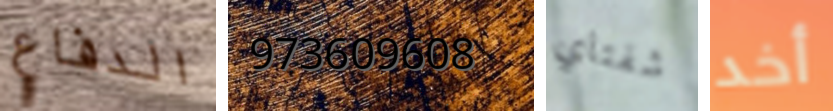
الدفاع 973609608 شفتاي أخد